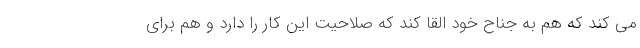
می کند که هم به جناح خود القا کند که صلاحیت این کار را دارد و هم برای